Statistics compiled by the Government of India from the reports of provincial Civil Veterinary Departments
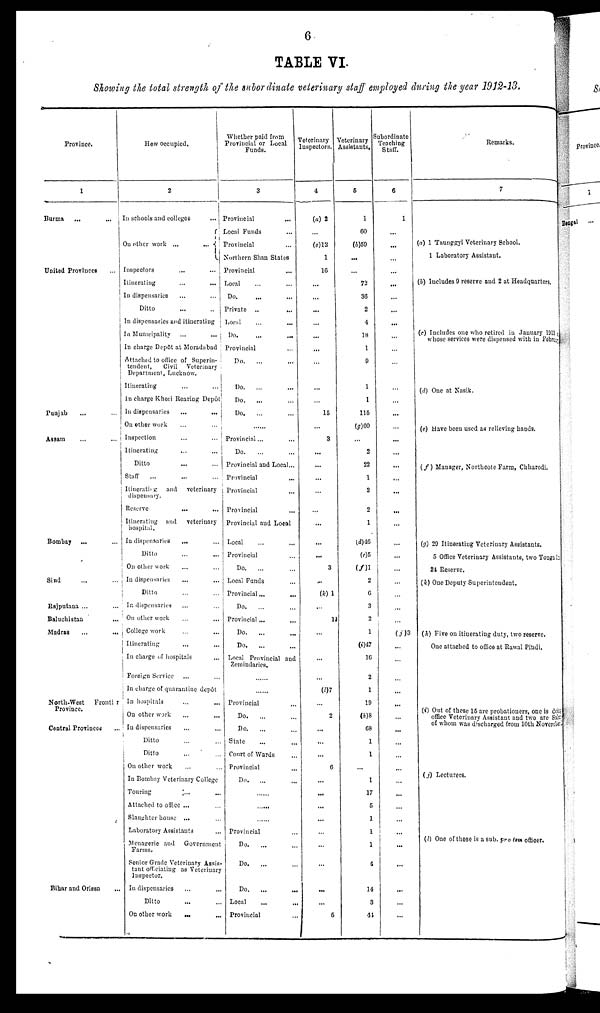
6
TABLE VI.
Showing the total strength of the subordinate veterinary staff employed during the year 1912-13.
Province.
1
Burma ... ...
United Provinces ... ...
Panjab ... ... ... ...
Assam ... ...
Bombay
... ...
Sind ...
Rajputana ... ...
Baluchistan ... ...
Madras ... ...
North-West Frontier
Province
Central Provinces ...
Bihar and Orissa ...
How occupied.
2
In schools and colleges ...
On other work ...
...
Inspectors. ... ...
Itinerating ... ...
In dispensaries ... ...
Ditto ... ...
In dispensaries and itinerating ... ...
In Municipality ... ...
In charge Depôt at Moradabad ... ...
Attached to office of Superin¬
tendent,
Civil
Veterinary
Department, Lucknow.
Itinerating ... ...
In charge Khori Rearing
Depôt
In dispensaries
...
...
On other work ... ...
Inspection ... ...
Itinerating
...
..
Ditto
...
..
Staff
...
Itinerating
and
veterinary
dispensary.
Reserve
...
.
Itinerating
and
veterinary
hospital.
In dispensaries
...
Ditto ... ...
On Other work ... ...
In dispensaries ... ...
Ditto ... ...
In dispensaries ... ...
On other work ... ...
College work ... ...
Itinerating ... ...
In charge of hospitals ... ...
Foreign Service ... ...
In charge of quarantine depôt......
In hospitals ... ... ...
On other work ... ...
In dispensaries ... ...
Ditto ... ...
Ditto ... ...
On other work ... ...
In Bombay Veterinary College
Touring
...
Attached to office ... ... ...
Slaughter house ... ... ...
Laboratory Assistants ...
Menagerie and
Government
Farms.
Senior Grade Veterinary
Assis¬
tant officiating as Veterinary
In dispensaries ... ...
Ditto ... ...
On other work
...
Whether paid from
Provincial or Local
Funds.
3
Provincial ... ...
Local Funds ... ...
Provincial ... ...
Northern Shan States ... ...
Provincial ... ...
Local ... ...
Do. ... ...
Private ... ...
Local ... ...
Do. ... ...
Provincial ... ...
Do.
... ...
Do. ... ...
Do. ... ...
Do. ... ...
Provincial... ...
Do. ...
Provincial and Local...
Provincial ...
Provincial ...
Provincial ...
Provincial and Local
Local ... ...
Provincial ... ...
Do.
...
Local Funds ... ...
Provincial ...
...
Do. ... ...
Provincial ... ...
Do.
... ...
Do.
... ...
Local Provincial and
Zemindaries.
......
Provincial
Do.
...
Do.
State
Court of Wards
Provincial
Do. ....
.....
Provincial ...
Do.
... ...
Do.
... ...
Do.
... ...
Local ... ...
Provincial ...
Veterinary
Inspectors.
4
(a) 2
...
(c)12
1
16
...
...
...
...
...
...
...
...
...
15
3
...
...
...
...
...
...
...
...
3
...
(k) 1
...
1
...
...
...
..
(1)7
...
2
...
...
...
6
...
...
...
...
...
...
...
...
6
Veterinary
Assistants.
5
1
60
(b)59
...
...
72
36
2
4
1
9
1
1
115
(g) 60
...
2
22
1
2
2
1
(d)46
(e)5
(f)1
2
6
3
2
1
(i)47
16
2
1
19
(h)
68
1
1
...
1
17
5
1
1
1
4
14
3
44
Subordinate
Teaching
Staff.
6
1
...
...
...
...
...
...
...
...
...
...
...
...
...
...
...
...
...
...
...
...
...
...
...
...
...
...
...
...
(j) 3
...
...
...
...
...
..
...
...
...
...
...
... ...
...
...
...
...
...
...
...
...
Remarks.
7
(a) 1 Taunggyi Veterinary School.
1 Laboratory Assistant.
(b) Includes 9 reserve and 2 at Headquarters.
(c) Includes one who retired in January 1913
whose services were dispensed with in February
(d) One at Nasik.
(e) Have been used as relieving hands.
(f) Manager, Northcote Farm, Chharodi.
(g) 29 Itinerating Veterinary Assistants.
5 Office Veterinary Assistants, two Touga
24 Reserve.
(k) One Deputy Superintendent.
(h) Five on itinerating duty, two reserve.
One attached to office at Rawal Pindi.
(i) Out of these 15 are probationers, one is doin
office Veterinary Assistant and two are S
of whom was discharged from 10th Novermber
(j) Lecturers.
(l) One of those is a sub. pro text officer.